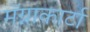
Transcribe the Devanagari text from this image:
मॅग्नाकार्टा